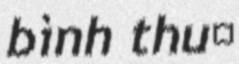
bình thuỷ